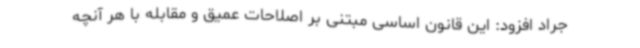
جراد افزود: این قانون اساسی مبتنی بر اصلاحات عمیق و مقابله با هر آنچه